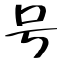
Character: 号